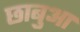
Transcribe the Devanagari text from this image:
छाबुआ